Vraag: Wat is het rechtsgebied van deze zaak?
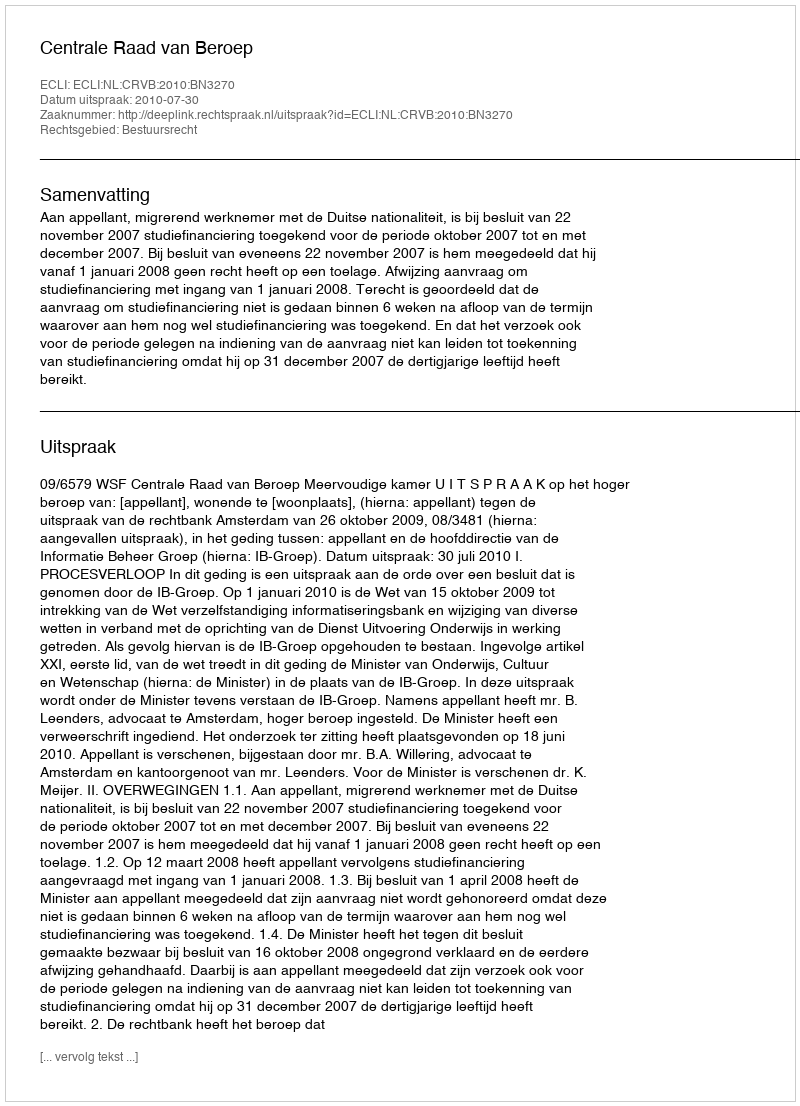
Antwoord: Bestuursrecht